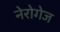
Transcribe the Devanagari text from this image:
नेरोगेज